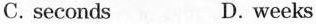
C.seconds D. weeks